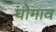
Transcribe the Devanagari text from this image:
घोगाव